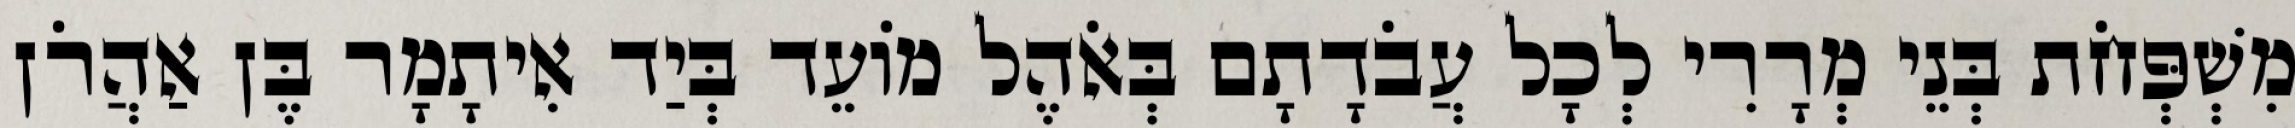
מִשְׁפְּחֹת בְּנֵי מְרָרִי לְכָל עֲבֹדָתָם בְּאֹהֶל מוֹעֵד בְּיַד אִיתָמָר בֶּן אַהֲרֹן